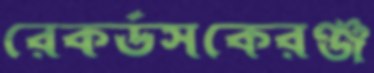
রেকর্ডসকেরঞ্জ